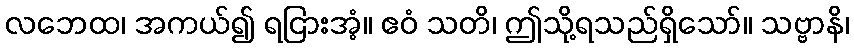
လဘေထ၊ အကယ်၍ ရငြားအံ့။ ဧဝံ သတိ၊ ဤသို့ရသည်ရှိသော်။ သဗ္ဗာနိ၊